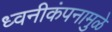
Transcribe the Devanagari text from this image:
ध्वनीकंपनामुळे